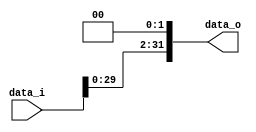
//Subject:      CO project 2 - Shift_Left_Two_32
//--------------------------------------------------------------------------------
//Version:     1
//--------------------------------------------------------------------------------
//Description: 0511105 2019/05/23
//--------------------------------------------------------------------------------
//0511105 ??     
module Shift_Left_Two_32(
    data_i,
    data_o
    );

//I/O ports                    
input [32-1:0] data_i;
output [32-1:0] data_o;

//shift left 2
assign data_o = data_i << 2;     
endmodule